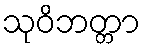
သုဝိဘတ္တာ